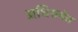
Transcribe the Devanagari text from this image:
अधिसभेत